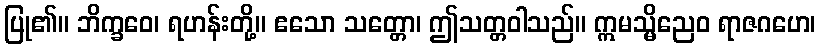
ပြု၏။ ဘိက္ခဝေ၊ ရဟန်းတို့။ ဧသော သတ္တော၊ ဤသတ္တဝါသည်။ ဣမသ္မိညေဝ ရာဇဂဟေ၊